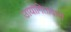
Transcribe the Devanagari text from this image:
उायोगितावादी